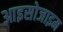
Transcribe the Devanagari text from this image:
आइसोजाइम